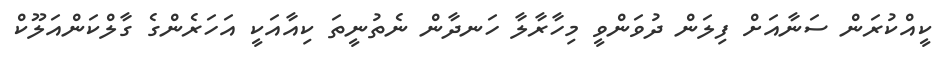
ކީއްކުރަން ސަނާއަށް ފިލަން ދުވަންވީ މިހާރާލާ ހަނދާން ނެތުނީތަ ކިއާއަކީ އަހަރެންގެ ގާލްކަންއަލޫކް